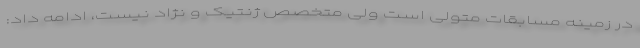
در زمینه مسابقات متولی است ولی متخصص ژنتیک و نژاد نیست، ادامه داد: